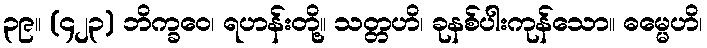
၃၉။ (၄၂၃) ဘိက္ခဝေ၊ ရဟန်းတို့။ သတ္တဟိ၊ ခုနစ်ပါးကုန်သော။ ဓမ္မေဟိ၊